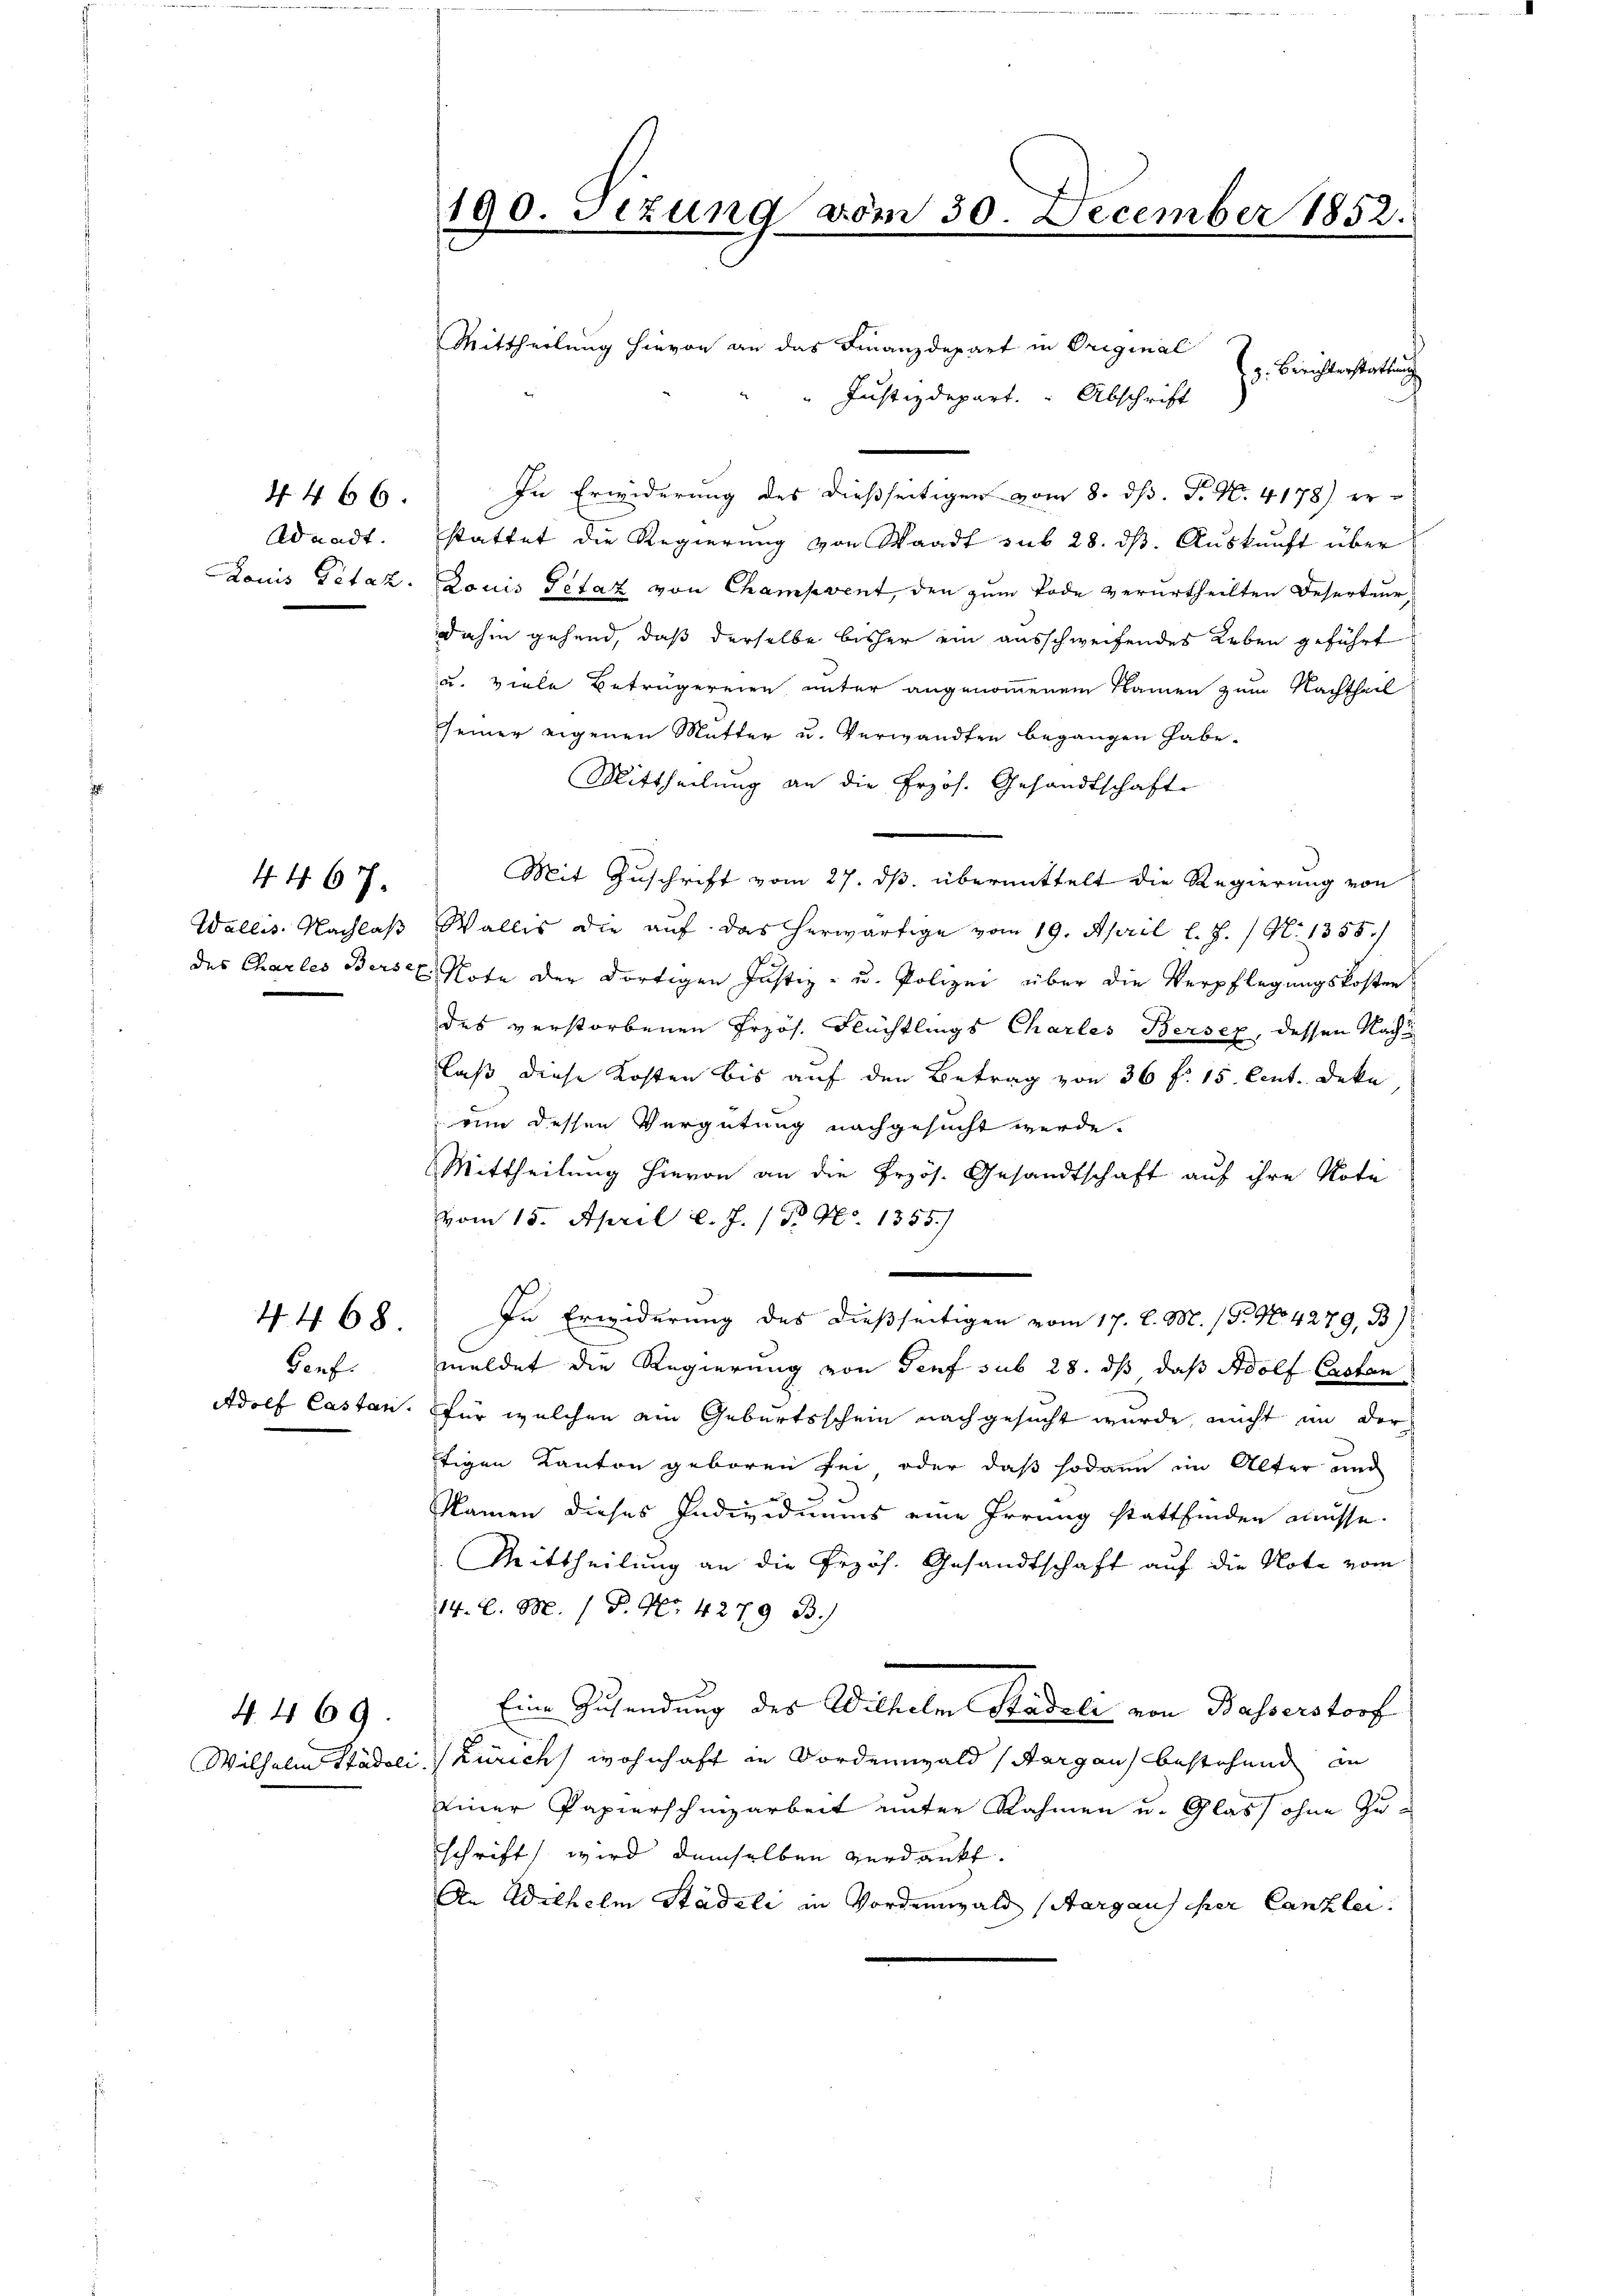
Adaadt.
Louis Petar.

4466.

4. 467.

Genf.
Adolf Castan

4468

4. 469.

Mittheilung hievon an das Finanzdepart in Original
Ed. Berichterstattung
Justizdepart. Abschrift
In Erwiderung des dießseitigen vom 8. ds. P. N. 4178) erstattet die Regierung von Waadt sub 28. ds. Auskunft über
Louis Petaz von Champvent, den zum Tode verurtheilten Deserteur,
dahin gehend, daß derselbe bisher ein ausschweifendes Leben geführt
u. viele Betrügereien unter angenommenem Namen zum Nachtheil
seiner eigenen Mutter u. Verwandten begangen habe.
Mittheilung an die Erzös. Gesandtschafte
Mit Zuschrift vom 27. ds. übermittelt die Regierung von
Wallis. Nachlaß Wallis die auf das herwärtige vom 19. April l. J. / N. 1355.
des Charles Berst Note der dortigen Justiz- u. Polizei über die Verpflegungskosten
des verstorbenen Przös. Flüchtlings Charles Bersez, dessen Nachlaß diese Kosten bis auf den Betrag von 36 f. 15. Cent. Deka
rin dessen Vergütung nachgesucht werde.
Mittheilung hievon an die Przös. Gesandtschaft auf ihre Note
vom 15. April l. J. P. Nr. 1355)
In Erwiderung des dießseitigen vom 17. d. M. (T. No 4279, B
meldet die Regierung von Genf sub 28. dß daß Adolf Erstan
für welchen ein Geburtsschein nachgesucht wurde, nicht in der
tigen Kanton geboren sei, oder daß sodann im Alter und
Namen dieses Individuums eine Irrung stattfinden müsse.
Mittheilung an die Przös. Gesandtschaft auf die Note vom
14. d. M. / P. Nr. 4279 B.)
.
Eine Zusendung des Wilhelm Stadeli von Basserstorf
Wilhelm Stadeli, Zürich wohnhaft in Forden ald Sargau bestehend in
einer Papierschnizarbeit unter Rahmen u. Glass ohne Zuschrift wird demselben verdankt.
An Wilhelm Städeli in Vordemwald (Aargauf her Canzlei.

190. Fezung vom 30. December 1852.